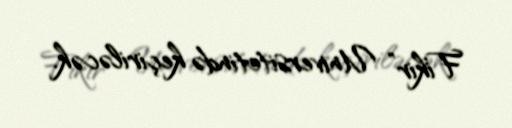
Fikir” Universitetində keçiriləcək.